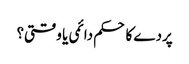
پردے کا حکم دائمی یا وقتی؟